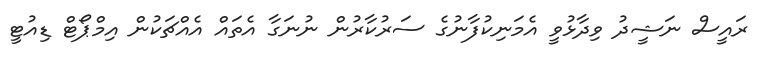
ރައީސް ނަޝީދު ވިދާޅުވީ އެމަނިކުފާނުގެ ސަރުކާރުން ނުނަގާ އެތައް އެއްޗަކުން އިމްޕޯޓް ޑިއުޓީ